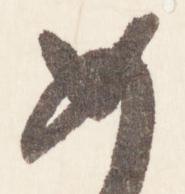
如